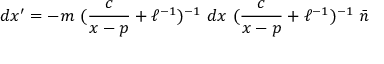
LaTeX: d x ^ { \prime } = - m ~ ( \frac { c } { x - p } + \ell ^ { - 1 } ) ^ { - 1 } ~ d x ~ ( \frac { c } { x - p } + \ell ^ { - 1 } ) ^ { - 1 } ~ \bar { n }